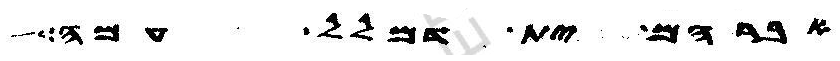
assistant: אברהם ית דמלל עמה